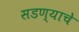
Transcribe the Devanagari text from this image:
सडण्याचे